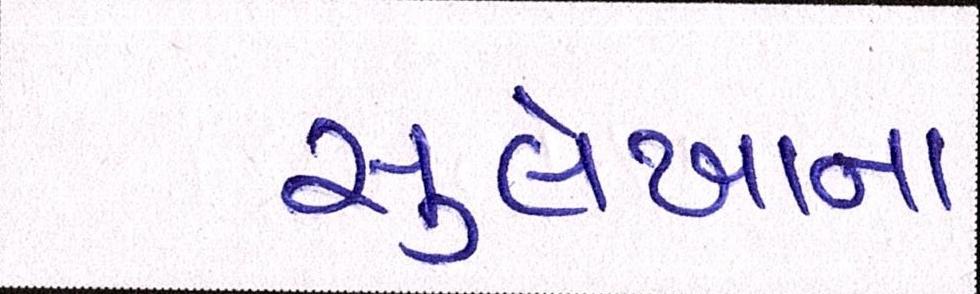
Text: સુલેખાના